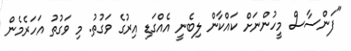
"ފަންސާސް މީހުންނަށް ކައްކާން ލިބެނީ އެއްގަޑި އިރުގެ ވަގުތު. މި ވަގުތު އަހަރެމެން